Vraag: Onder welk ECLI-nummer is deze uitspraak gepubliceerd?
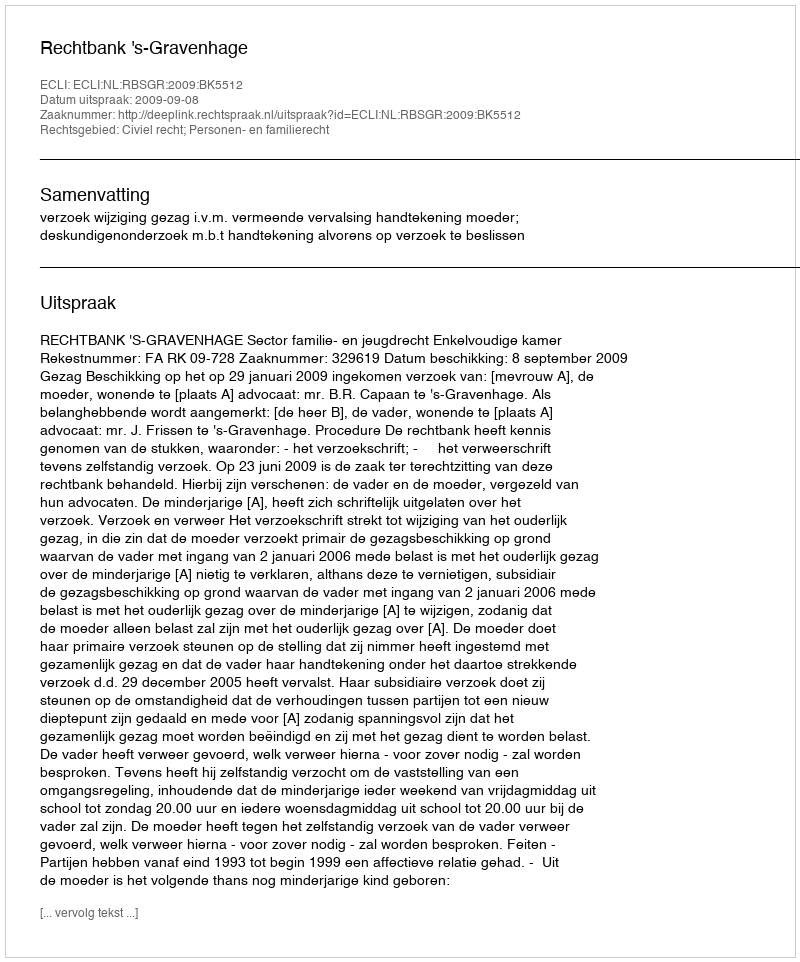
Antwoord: ECLI:NL:RBSGR:2009:BK5512